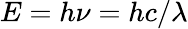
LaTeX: E=h\nu=hc/\lambda